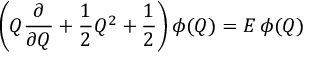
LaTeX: \left( Q { \frac { \partial } { \partial Q } } + { \frac { 1 } { 2 } } Q ^ { 2 } + { \frac { 1 } { 2 } } \right) \phi ( Q ) = E \, \phi ( Q )